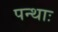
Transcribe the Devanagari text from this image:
पन्थाः